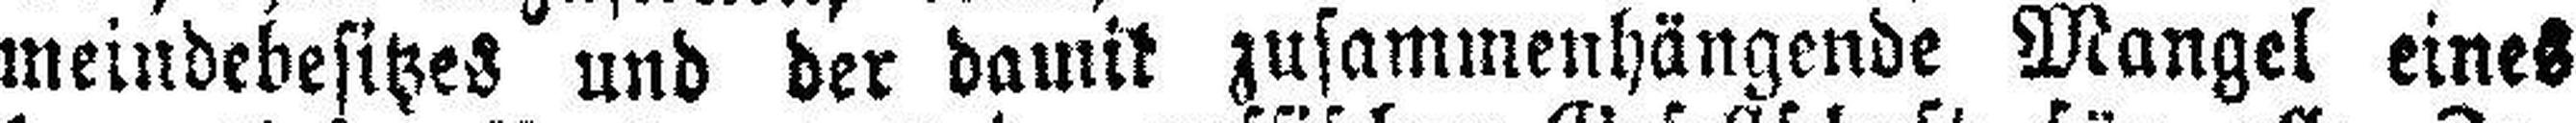
meindebesitzes und der damit zusammenhängende Mangel eines